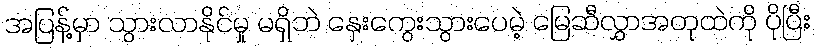
အပြန့်မှာ သွားလာနိုင်မှု မရှိဘဲ နှေးကွေးသွားပေမဲ့ မြေဆီလွှာအတုထဲကို ပိုပြီး